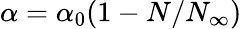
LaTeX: \alpha=\alpha_{0}(1-N/N_{\infty})